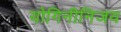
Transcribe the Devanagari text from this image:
योगिनीनिजय